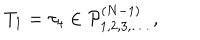
LaTeX: T _ { 1 } = \tau _ { 4 } \in { \cal P } _ { 1 , 2 , 3 , \ldots } ^ { ( N - 1 ) } \ ,